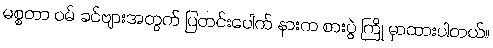
မစ္စတာ ဝမ် ခင်ဗျားအတွက် ပြတင်းပေါက် နားက စားပွဲ ကြို မှာထားပါတယ်။